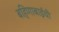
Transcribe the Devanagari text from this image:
बहिणाबाईची